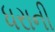
ધરાની